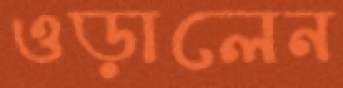
ওড়ালেন